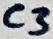
Text: C3